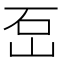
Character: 𡶪